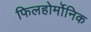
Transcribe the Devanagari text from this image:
फिलहोर्मोनिक